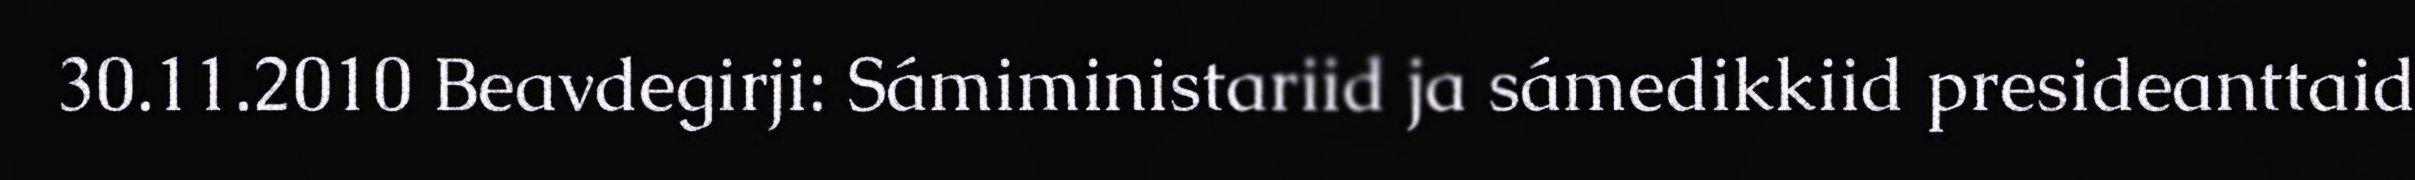
30.11.2010 Beavdegirji: Sámiministariid ja sámedikkiid presideanttaid